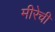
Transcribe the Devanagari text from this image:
मीरेची